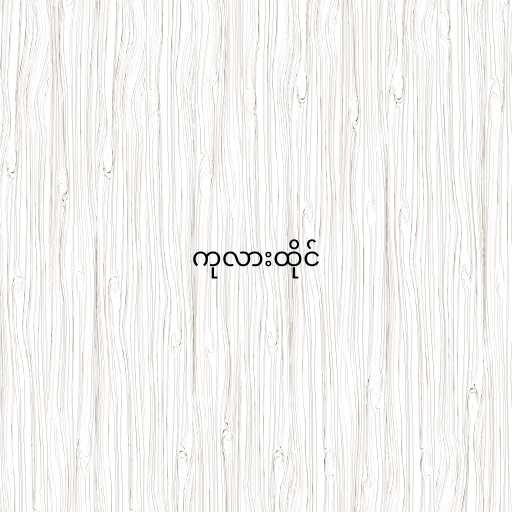
ကုလားထိုင်